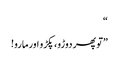
“
”تو پھر دوڑو،پکڑو اورمارو!